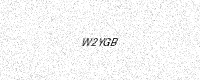
Text: W2YGB